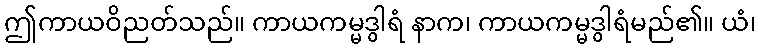
ဤကာယဝိညတ်သည်။ ကာယကမ္မဒွါရံ နာက၊ ကာယကမ္မဒွါရံမည်၏။ ယံ၊